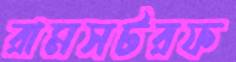
রামসটরফ